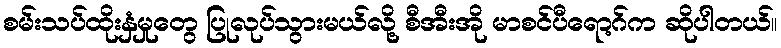
စမ်းသပ်ထိုးနှံမှုတွေ ပြုလုပ်သွားမယ်လို့ စီအီးအို မာစင်ပီရော့ဂ်က ဆိုပါတယ်။